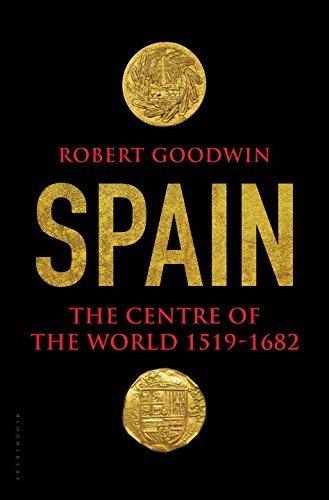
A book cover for Spain: The Centre of the World 1519-1682; Robert Goodwin; History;